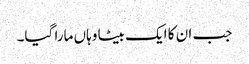
جب ان کا ایک بیٹا وہاں مارا گیا۔